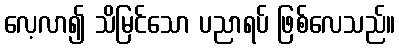
လေ့လာ၍ သိမြင်သော ပညာရပ် ဖြစ်လေသည်။